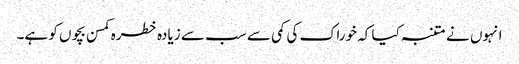
انہوں نے متنبہ کیا کہ خوراک کی کمی سے سب سے زیادہ خطرہ کمسن بچوں کو ہے۔